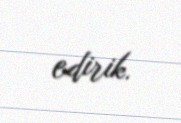
edirik.